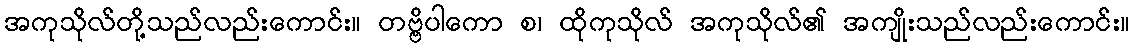
အကုသိုလ်တို့သည်လည်းကောင်း။ တဗ္ဗိပါကော စ၊ ထိုကုသိုလ် အကုသိုလ်၏ အကျိုးသည်လည်းကောင်း။